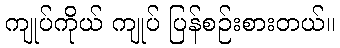
ကျုပ်ကိုယ် ကျုပ် ပြန်စဉ်းစားတယ်။